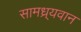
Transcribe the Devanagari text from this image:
सामध्र्यवान